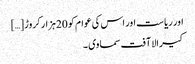
اور ریاست اور اس کی عوام کو 20ہزار کروڑ […]
کیرالا آفت سماوی ۔